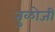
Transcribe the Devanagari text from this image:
तुळोजी